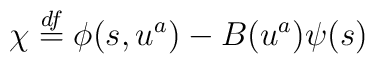
\chi \stackrel{df}{=} \phi(s, u^a) - B(u^a) \psi(s)